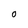
Character: O